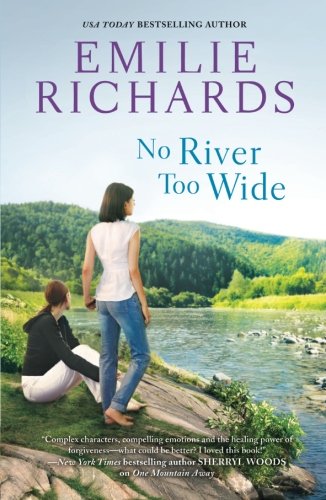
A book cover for No River Too Wide (Goddesses Anonymous) (English Edition); Emilie Richards; Literature & Fiction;